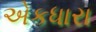
એકધારા